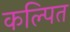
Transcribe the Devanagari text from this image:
कल्‍पित